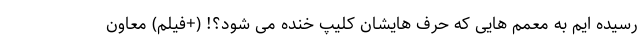
رسیده ایم به معمم هایی که حرف هایشان کلیپ خنده می شود؟! (+فیلم) معاون